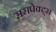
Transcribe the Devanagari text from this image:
ससपेक्ट्स